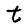
Character: t